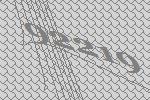
92219